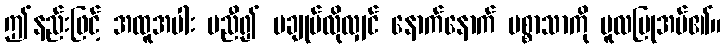
ဤနည်းဖြင့် အထူအပါး မညီ၍ မချုပ်လိုလျှင် နောက်နောက် ပစ္စာသာကို မူလပြုအပ်၏။